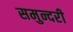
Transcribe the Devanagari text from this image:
समुन्दरी